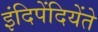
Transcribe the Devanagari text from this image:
इंदिपेंदियेंते